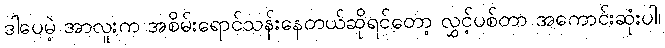
ဒါပေမဲ့ အာလူးက အစိမ်းရောင်သန်းနေတယ်ဆိုရင်တော့ လွှင့်ပစ်တာ အကောင်းဆုံးပါ၊